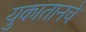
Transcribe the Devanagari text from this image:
युकातानचे